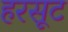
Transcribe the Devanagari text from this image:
हरसूट